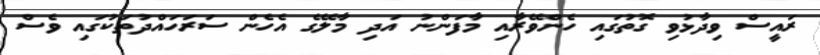
ރައީސް ވިދާޅުވި ގޮތުގައި ހެންވޭރާއި މާފަންނު އަދި މާލޭގެ އެހެން ސަރަހައްދުތަކުގައި ވެސް